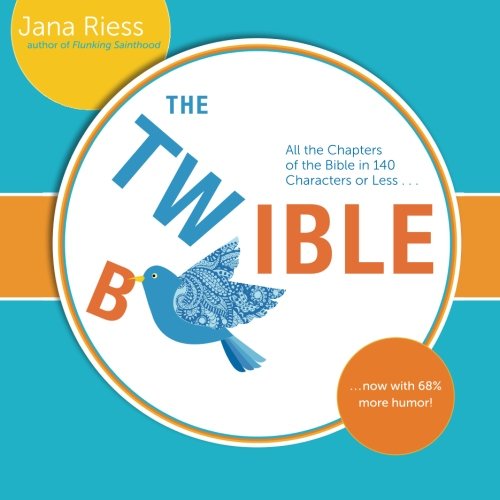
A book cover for The Twible: All the Chapters of the Bible in 140 Characters or Less . . . Now with 68% More Humor!; Jana Riess; Humor & Entertainment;